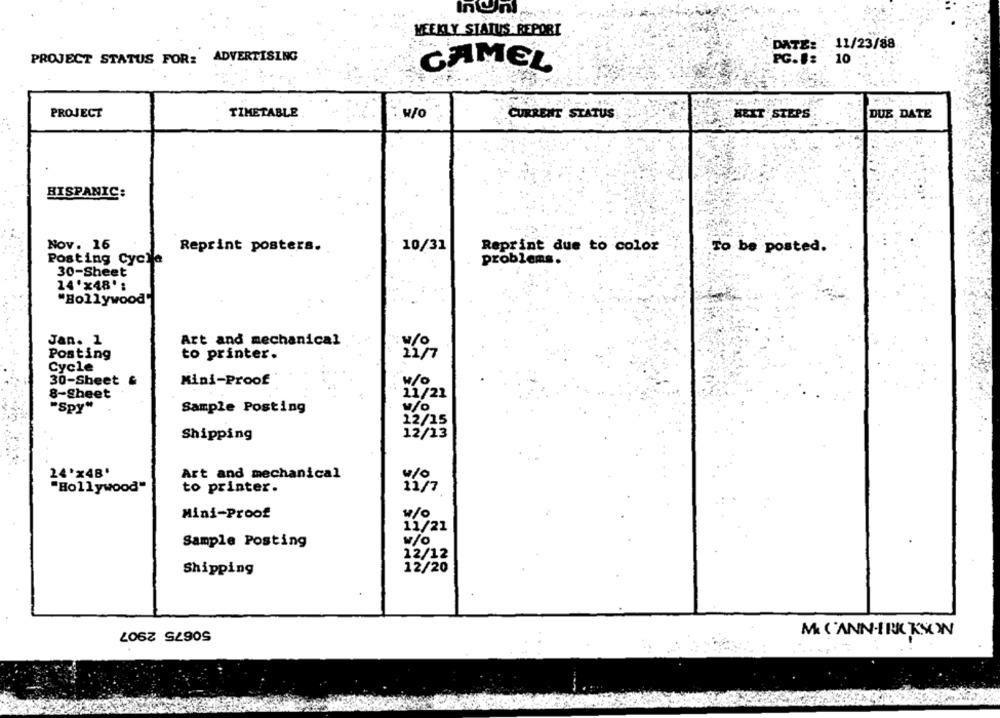
Inomi
WEEKLY STATUS REPORT
DATE: : 11/23/88
PROJECT STATUS FOR: ADVERTISING
PG.#: 10
CAMEL
PROJECT
TIMETABLE
CURRENT STATUS
HELT STEPS
DUE DATE
HISPANIC:
Nov. 16
Reprint posters.
10/31
Reprint due to color
To be posted.
Posting Cycle
problems.
30-Sheet
14'x48';
"Bollywood"
Jan. 1
Art and mechanical
Posting
to printer.
11/7
Cycle
30-Sheet
Mini-Proof
w/O
8-Sheet
11/21
"Spy"
Sample Posting
w/o
12/15
12/13
Shipping
24'x48'
Art and mechanical
"Hollywood"
to printer.
Mini-Proof
w/o
11/21
Sample Posting
w/o
12/12
Shipping
12/20
50675 2907
M. C'ANN-IRK KSCON